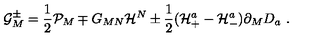
{ \cal G } _ { M } ^ { \pm } = \frac { 1 } { 2 } { \cal P } _ { M } \mp G _ { M N } { \cal H } ^ { N } \pm \frac { 1 } { 2 } ( { \cal H } _ { + } ^ { a } - { \cal H } _ { - } ^ { a } ) \partial _ { M } D _ { a } \ .